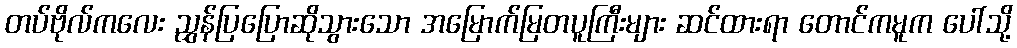
တပ်ဗိုလ်ကလေး ညွှန်ပြပြောဆိုသွားသော အမြောက်မြတပူကြီးများ ဆင်ထားရာ တောင်ကမူက ပေါ်သို့